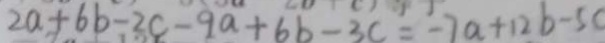
2 a + 6 b - 2 c - 9 a + 6 b - 3 c = - 7 a + 1 2 b - 5 0